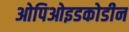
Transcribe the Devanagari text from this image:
ओपिओइडकोडीन